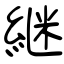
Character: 継